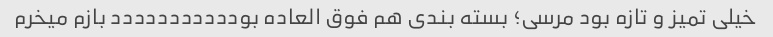
خیلی تمیز و تازه بود مرسی؛ بسته بندی هم فوق العاده بوددددددددددد بازم میخرم